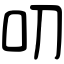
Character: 叨